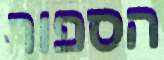
הספור